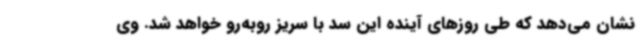
نشان می‌دهد که طی روزهای آینده این سد با سریز روبه‌رو خواهد شد. وی